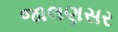
જાલણસર